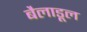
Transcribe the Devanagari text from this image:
बैलाडूल